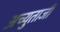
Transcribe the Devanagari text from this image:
अच्युताजी